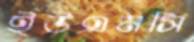
ইউএমসি